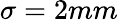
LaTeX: \sigma=2mm